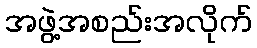
အဖွဲ့အစည်းအလိုက်